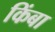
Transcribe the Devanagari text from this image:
किंबा